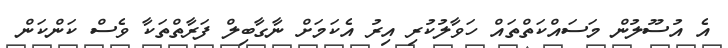
އެ އުސޫލުން މަސައްކަތްތައް ހަވާލުކުރި އިރު އެކަމަށް ނާގާބިލްް ފަރާތްތަކާ ވެސް ކަަންްކަން